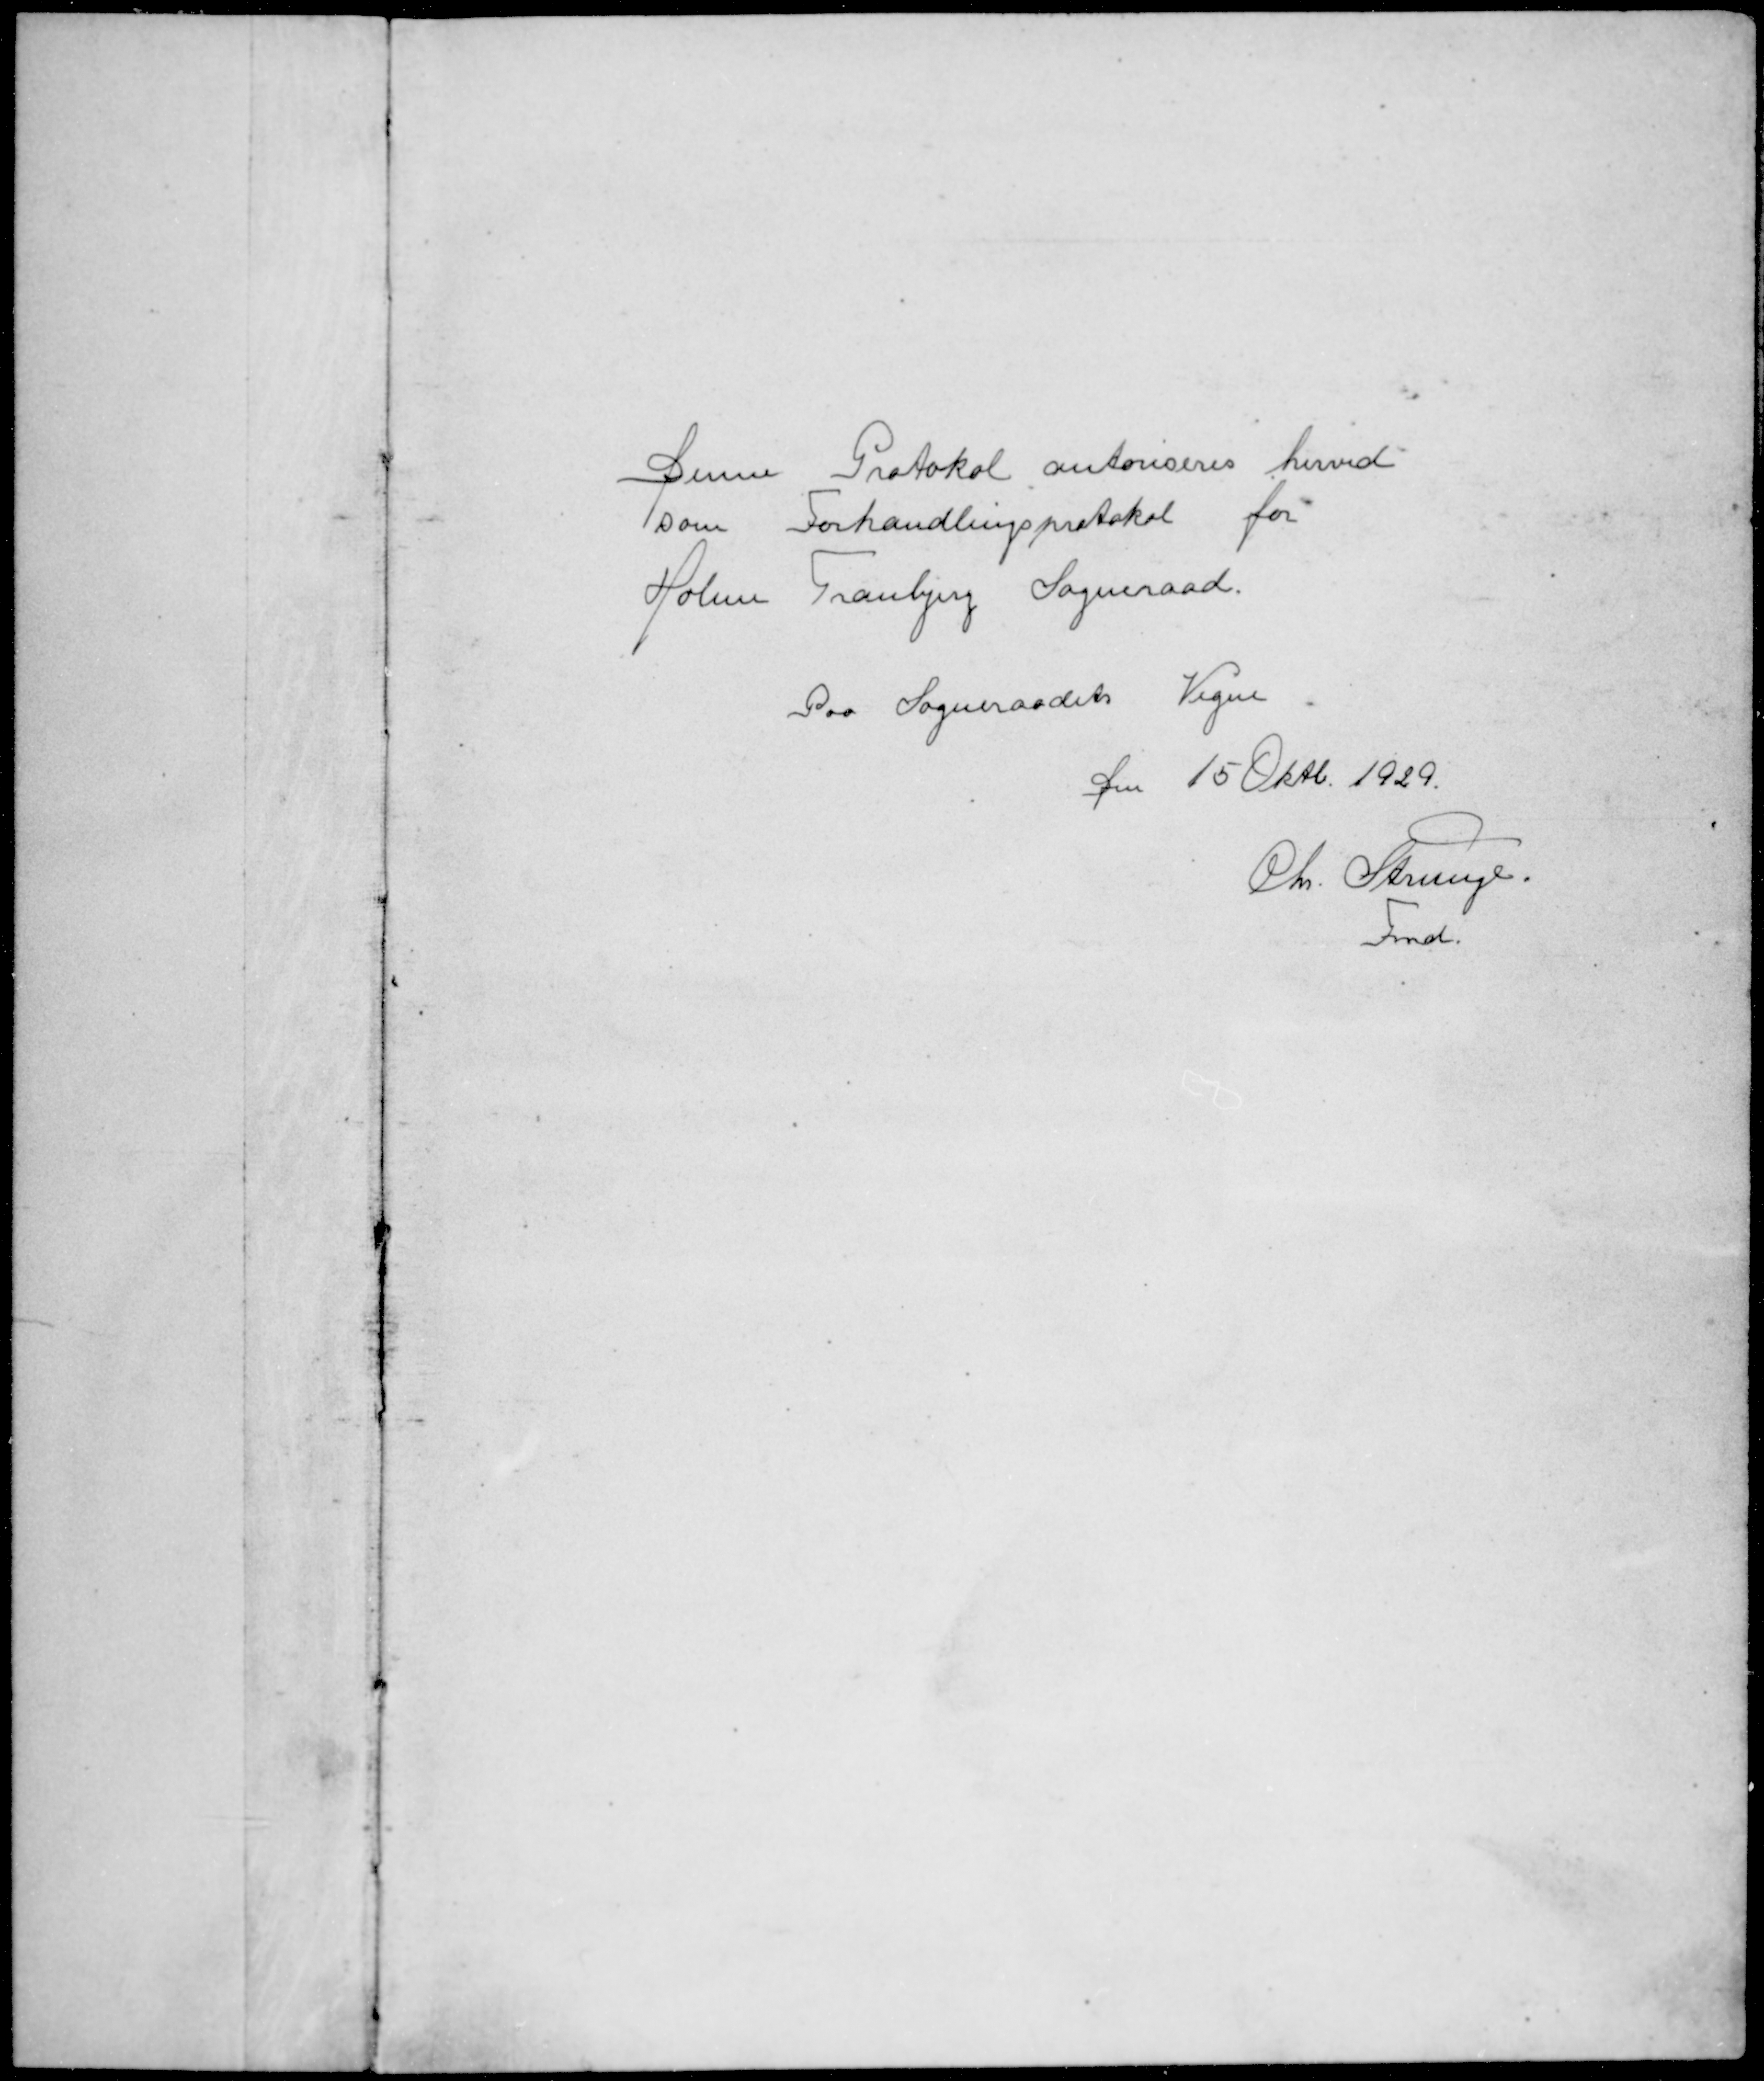
Transskription:
Denne Protokol autoriseres herved
som Forhandlingsprotokol for
Holme Tranbjerg Sogneraad.
Paa Sogneraadets Vegne.
Den 15. Oktb. 1929.
Chr. Strunge.
Fmd.